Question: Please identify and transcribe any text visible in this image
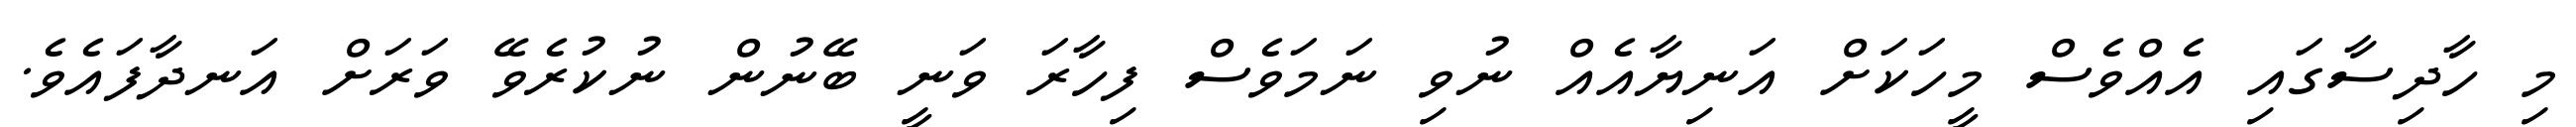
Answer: މި ހާދިސާގައި އެއްވެސް މީހަކަށް އަނިޔާއެއް ނުވި ނަމަވެސް ފިހާރަ ވަނީ ބޭނުން ނުކުރެވޭ ވަރަށް އަނދާފައެވެ.